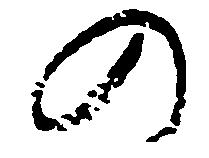
の